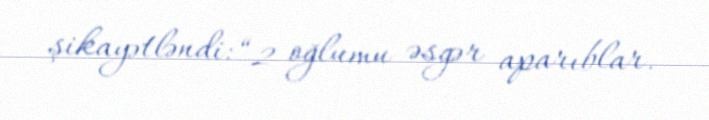
şikayətləndi: “2 oğlumu əsgər aparıblar.